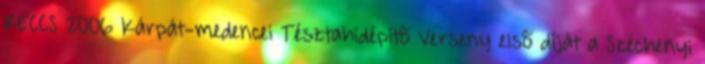
RECCS 2006 Kárpát-medencei Tésztahídépítõ Verseny elsõ díját a Széchenyi